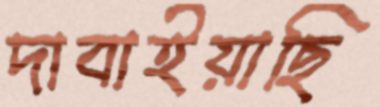
দাবাইয়াছি